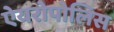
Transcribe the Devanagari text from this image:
ऐयरोपोलिस